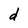
Character: d